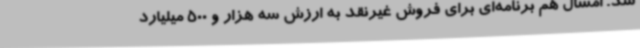
شد. امسال هم برنامه‌ای برای فروش غیرنقد به ارزش سه هزار و 500 میلیارد